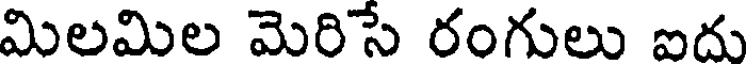
మిలమిల మెరిసే రంగులు ఐదు